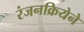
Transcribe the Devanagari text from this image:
रंजनक्रियेने